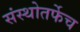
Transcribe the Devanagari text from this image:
संस्थोतर्फेच